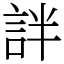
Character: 詊